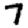
Digit: 7